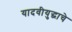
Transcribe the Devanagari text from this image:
यादवीयुद्धाचे